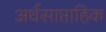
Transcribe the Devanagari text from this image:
अर्धसाप्ताहिक